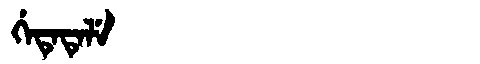
Manchu: ᡤᡝᡨᡝᡨᡝᠯᡝ
Romanization: GETETELE